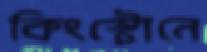
কিংস্টোনে